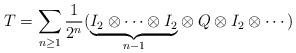
LaTeX: \begin{align*}T = \sum_{n\geq 1} \frac{1}{2^n} (\underset{n-1}{\underbrace{I_2 \otimes \cdots \otimes I_2}} \otimes Q \otimes I_2 \otimes \cdots)\end{align*}